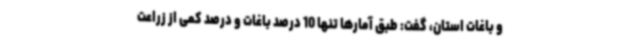
و باغات استان، گفت: طبق آمارها تنها 10 درصد باغات و درصد کمی از زراعت